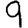
Digit: 9